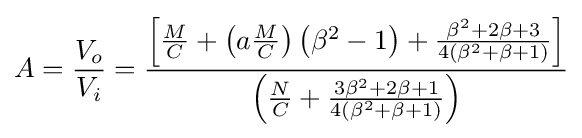
A={\frac {V_{o}}{V_{i}}}={\frac {\left[{\frac {M}{C}}+\left(a{\frac {M}{C}}\right)\left(\beta ^{2}-1\right)+{\frac {\beta ^{2}+2\beta +3}{4\left(\beta ^{2}+\beta +1\right)}}\right]}{\left({\frac {N}{C}}+{\frac {3\beta ^{2}+2\beta +1}{4\left(\beta ^{2}+\beta +1\right)}}\right)}}